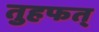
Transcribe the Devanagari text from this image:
तुहफत्